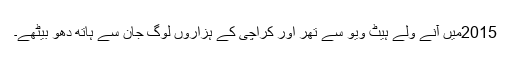
2015میں آنے ولے ہیٹ ویو سے تھر اور کراچی کے ہزاروں لوگ جان سے ہاتھ دھو بیٹھے۔